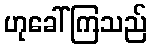
ဟုခေါ်ကြသည်